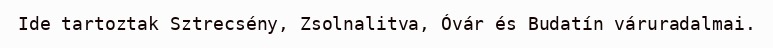
Ide tartoztak Sztrecsény, Zsolnalitva, Óvár és Budatín váruradalmai.